38_143685_box7_Incident_Summaries_1-100
Agency: Department of War
Page 26
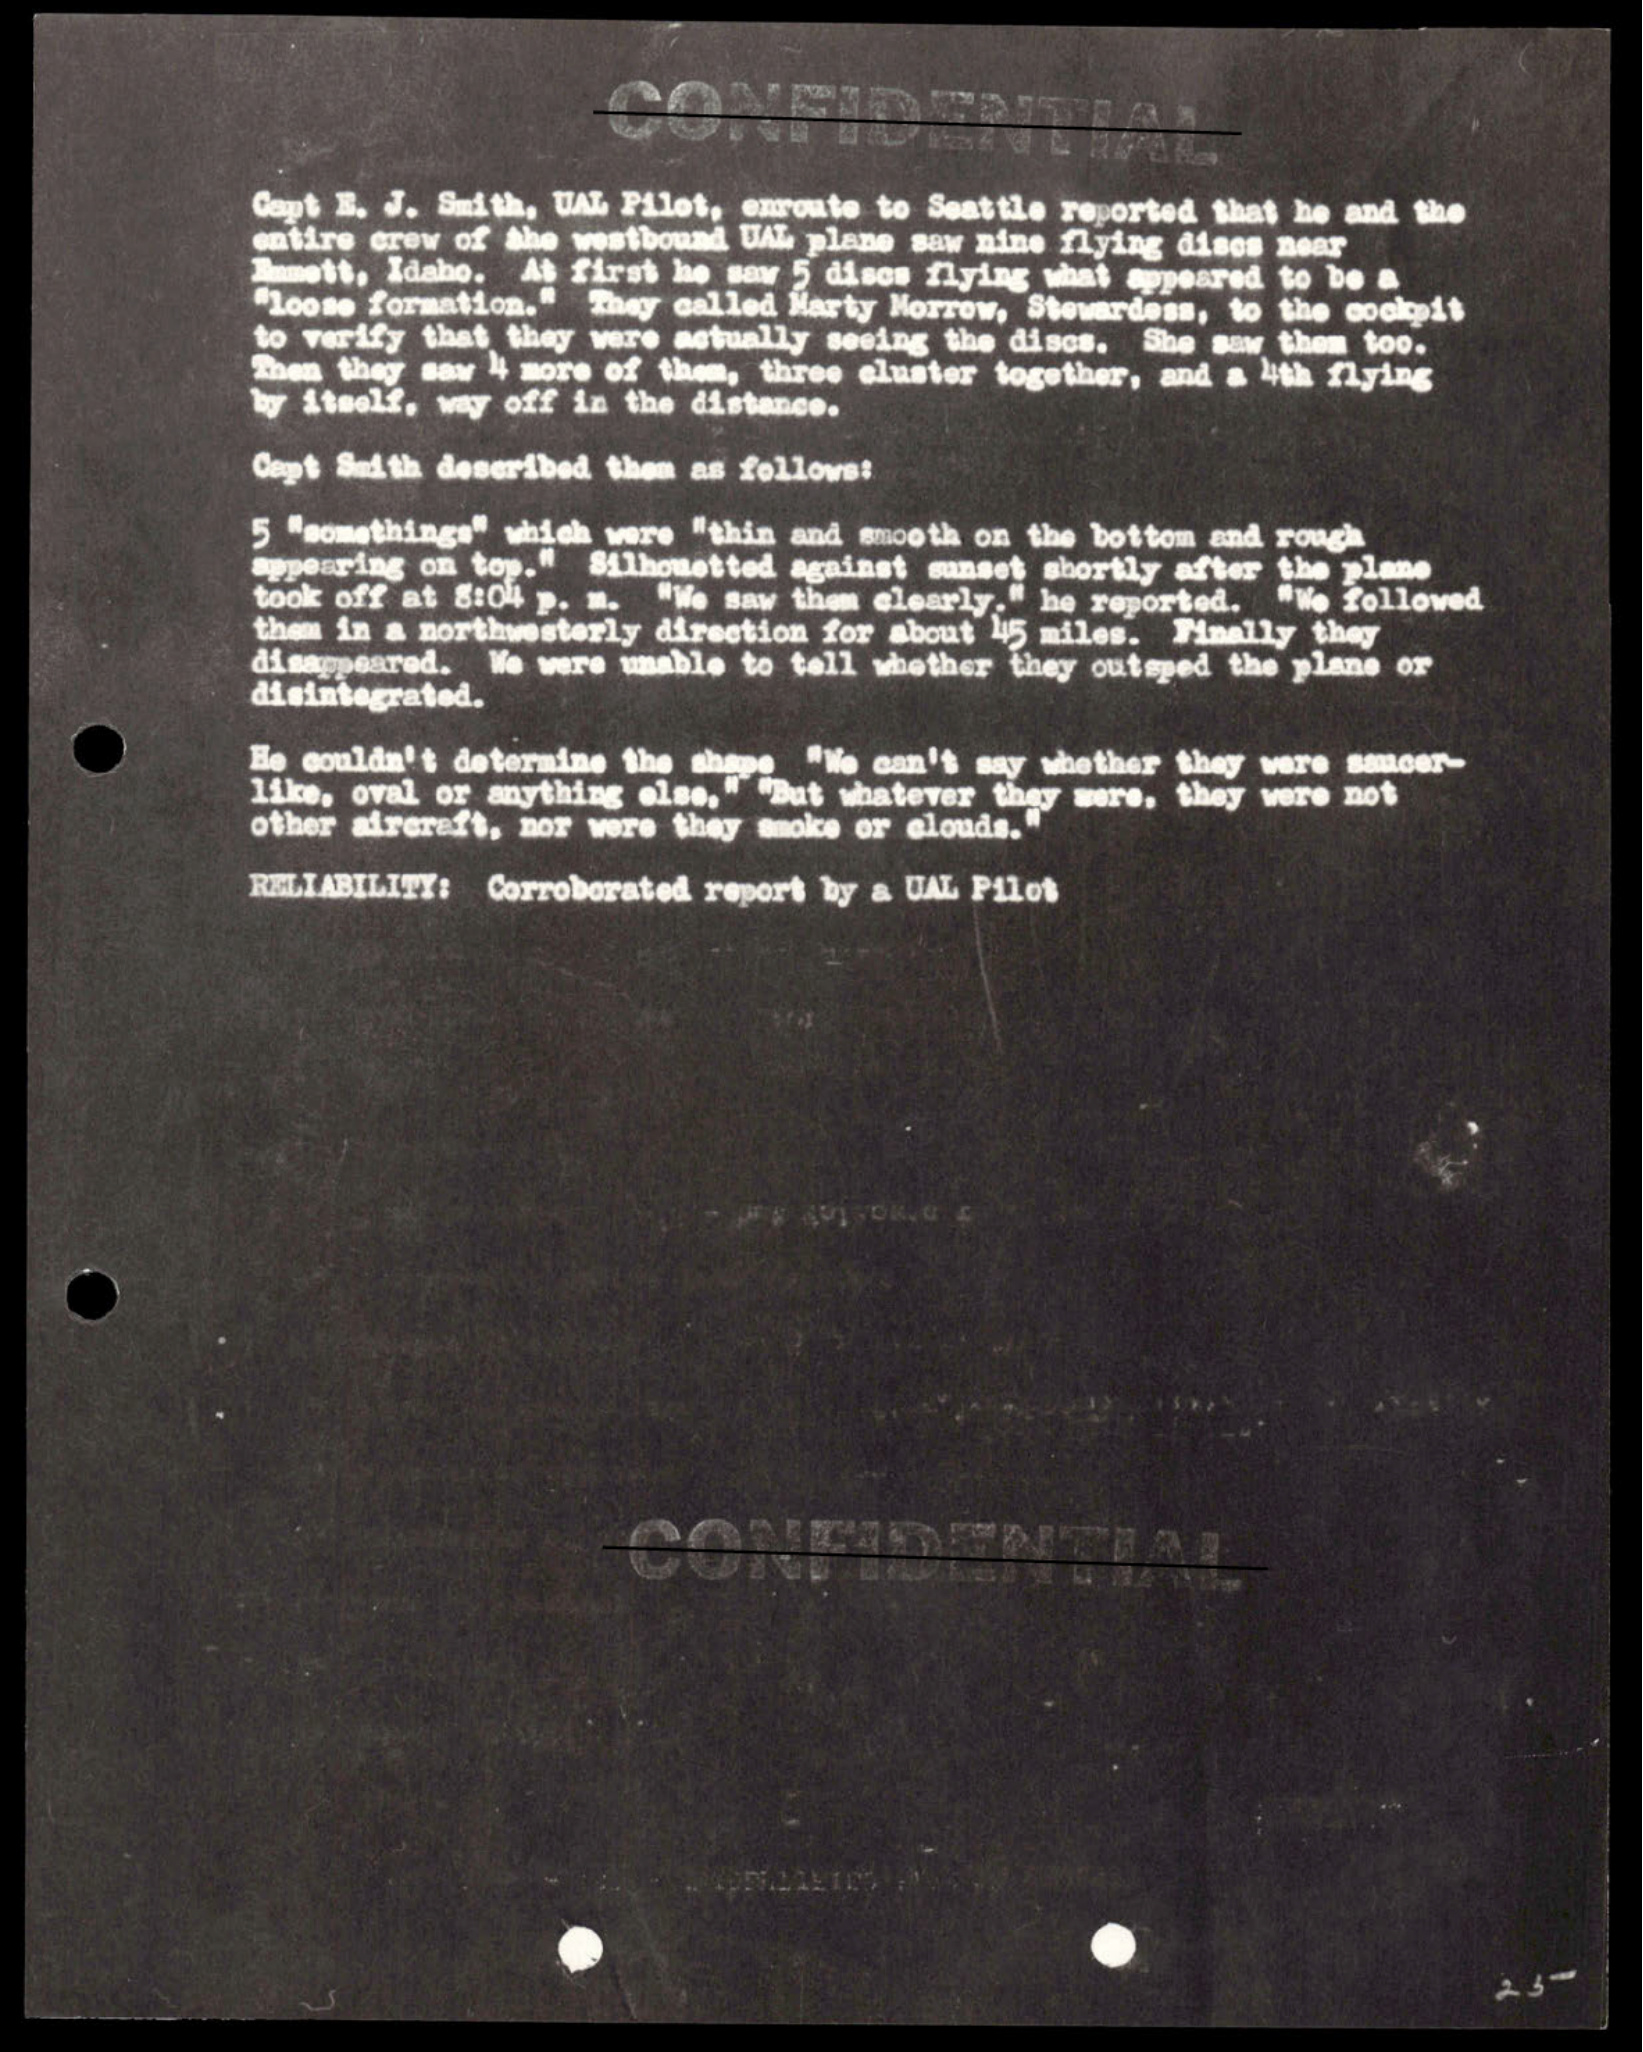